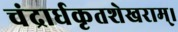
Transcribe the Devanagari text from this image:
चंद्रार्धकृतशेखराम्‌।